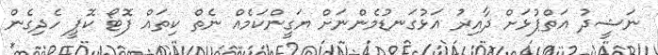
ނަޝީދު އަތްޕުޅަށް ދާއިރު އަޅުގަނޑުމެންނަށް ޔަގީންކަމެއް ނެތް ކިތައް ފޮޓޯ ކޮޕީ ހެދިގެން